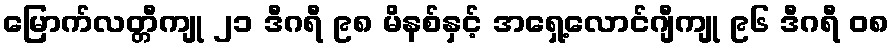
မြောက်လတ္တီကျု ၂၁ ဒီဂရီ ၉၈ မိနစ်နှင့် အရှေ့လောင်ဂျီကျု ၉၆ ဒီဂရီ ၀၈